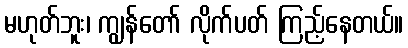
မဟုတ်ဘူး၊ ကျွန်တော် လိုက်ပတ် ကြည့်နေတယ်။